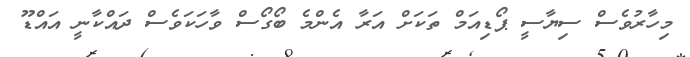
މިހާރުވެސް ސިޔާސީ ޕޯޑިއަމް ތަކަށް އަރާ އެންމެ ބޯގޯސް ވާހަކަވެސް ދައްކާނީ އައްޑޫ